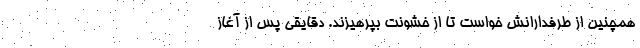
همچنین از طرفدارانش خواست تا از خشونت بپرهیزند. دقایقی پس از آغاز